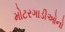
મોટરગાડીઓનો